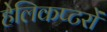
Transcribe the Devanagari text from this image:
हेलिकप्टरों